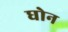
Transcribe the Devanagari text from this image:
घोन